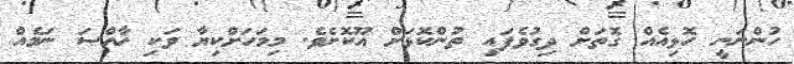
ހުންނަނީ ހޮޅިއެއް ގޮތަށް ދިގުވެފައި ތުންކޮޅަށް އޫކޮށެވެ. މިމަހަށްކިޔާ ވަކި ޚާއްޞަ ނަމެއް